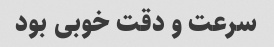
سرعت و دقت خوبی بود